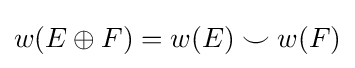
w(E\oplus F)=w(E)\smile w(F)